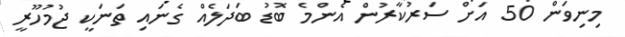
މިނިވަން 50 އަށް ސަރުކާރުން އެންމެ ބޮޑު ބަދަލެއް ގެނައި ތަނަކީ ޖުމުހޫރީ